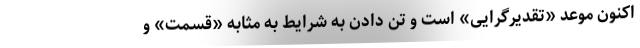
اکنون موعد «تقدیر‌گرایی» است و تن دادن به شرایط به مثابه «قسمت» و